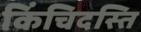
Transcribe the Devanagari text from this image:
किंचिदस्ति